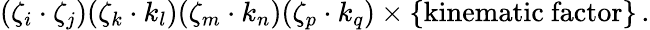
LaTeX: (\zeta_{i}\cdot\zeta_{j})(\zeta_{k}\cdot k_{l})(\zeta_{m}\cdot k_{n})(\zeta_{p}\cdot k_{q})\times\{ \mathrm{kinematic~factor}\} \, .